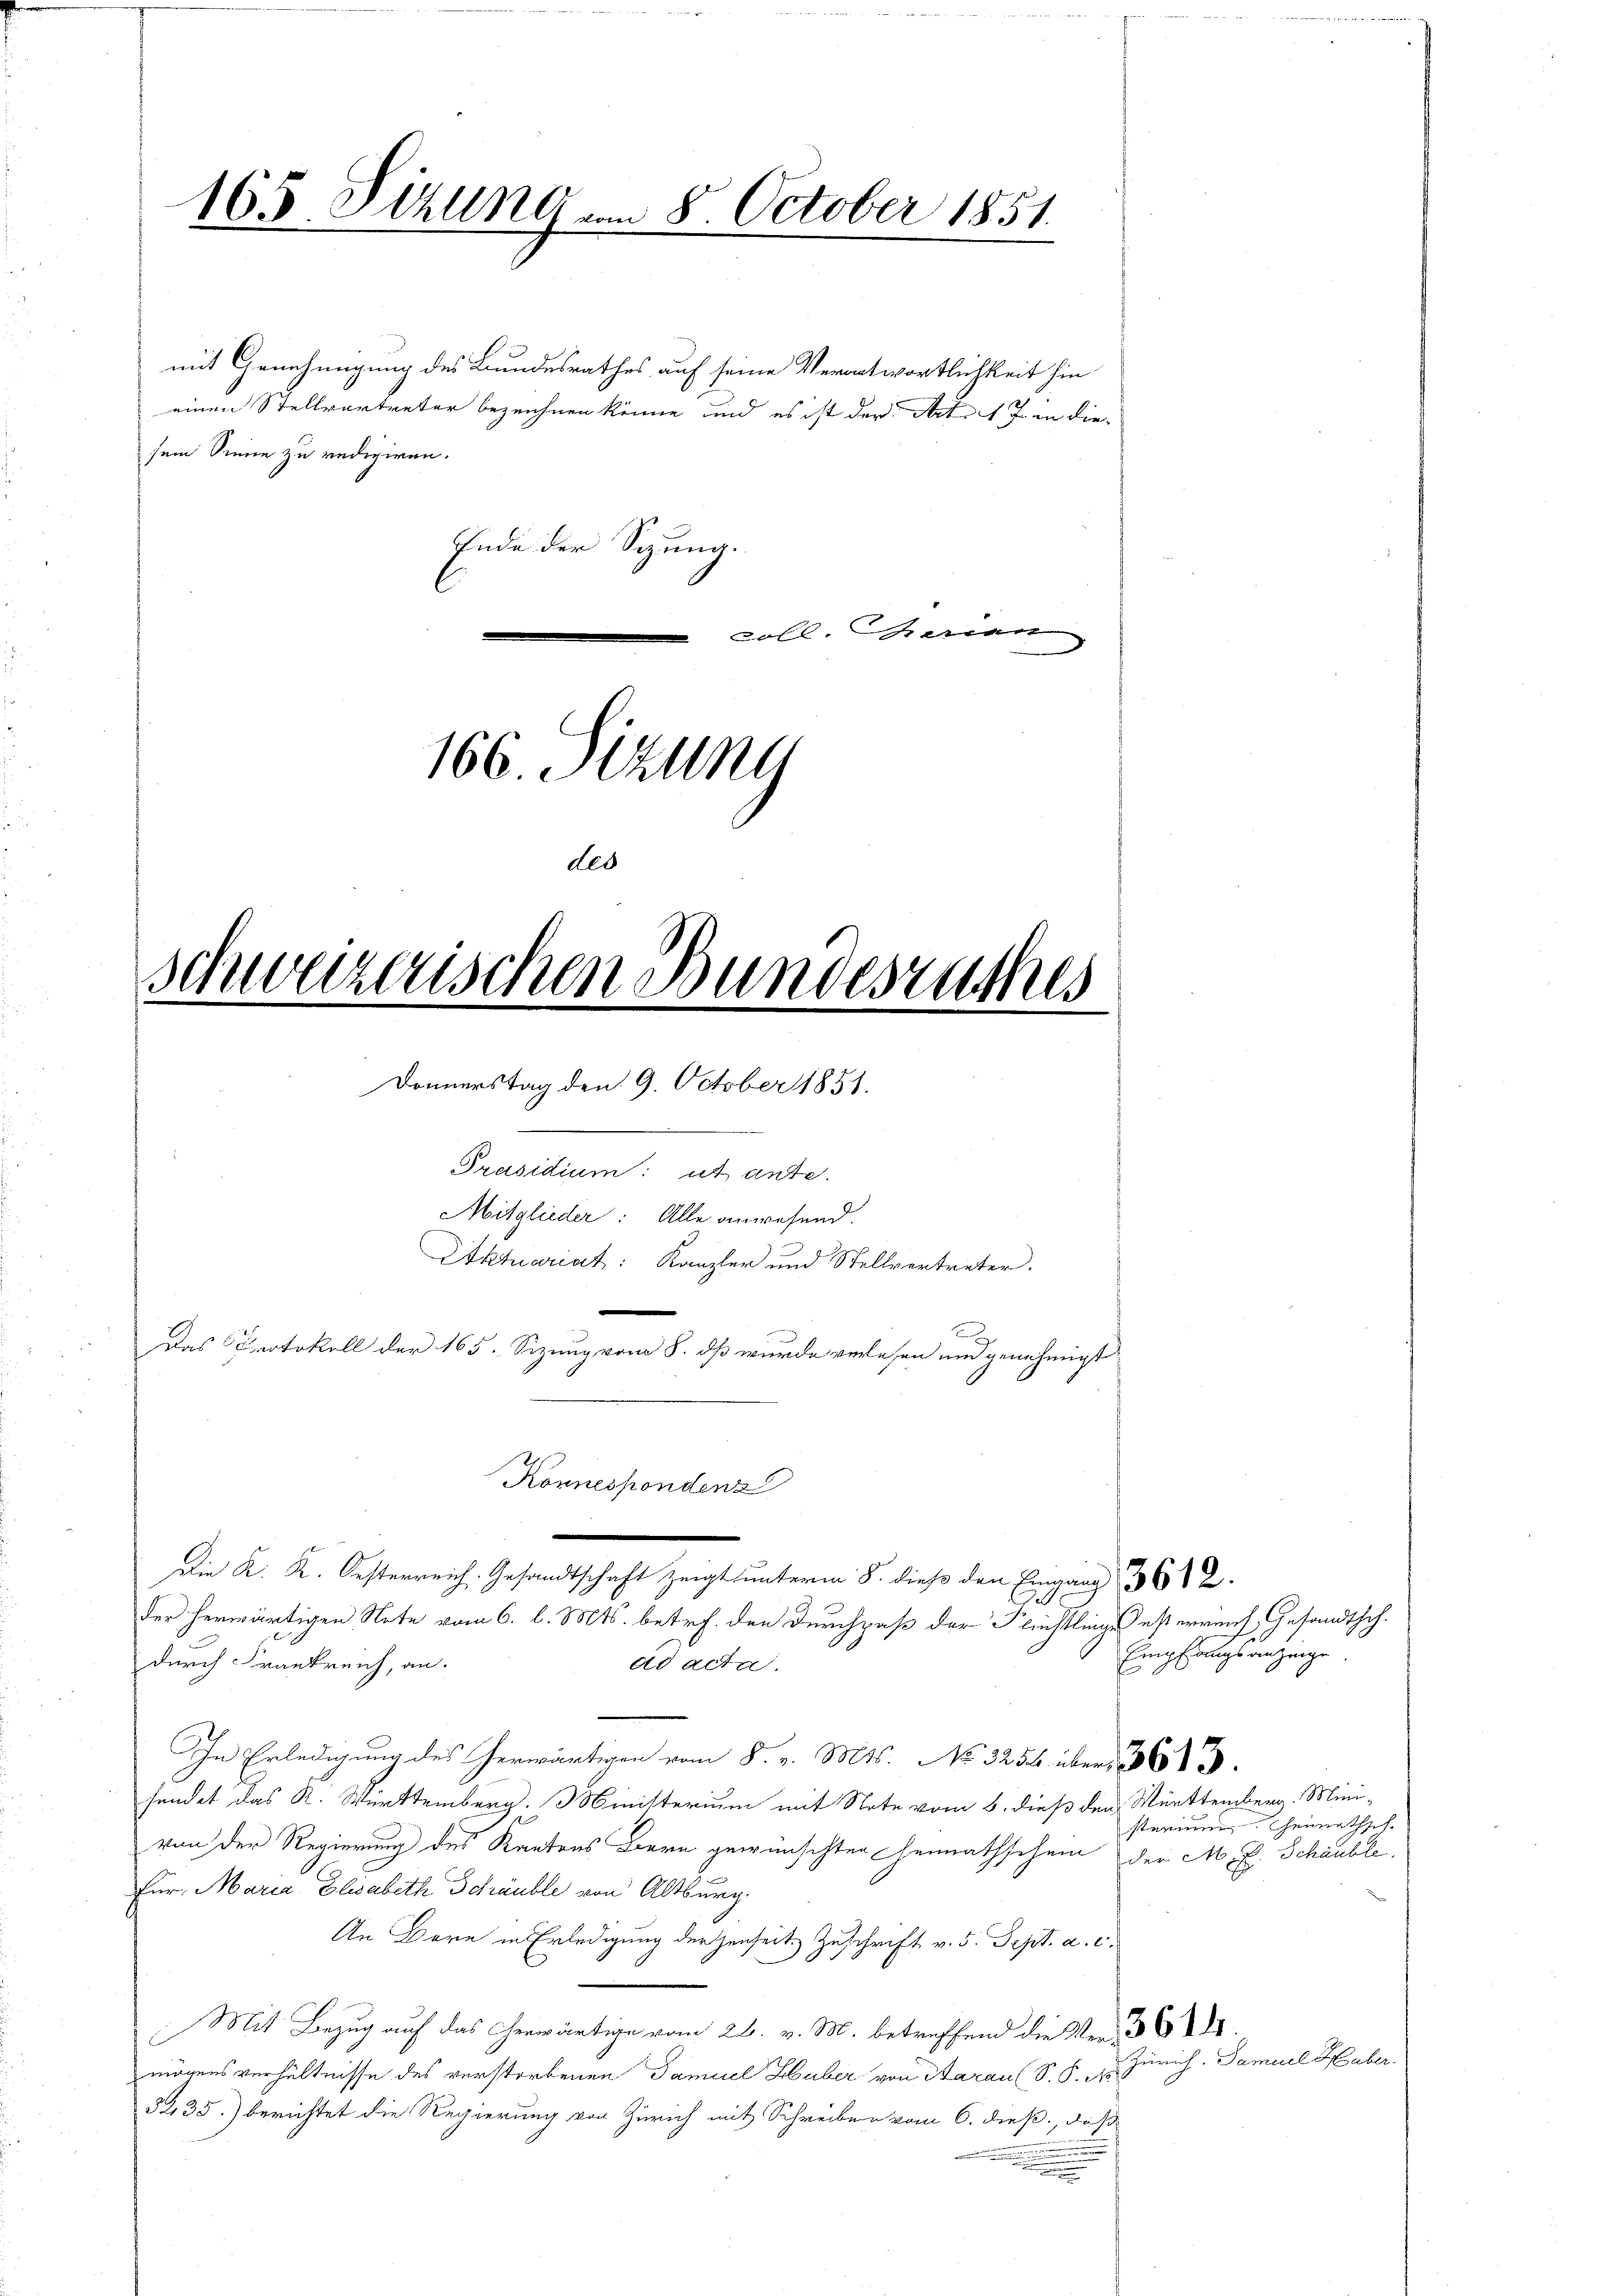
sem Sinne zu redigiren.
le
.
166. Sizung

165. Sizung am 8. October 1851.

Schweizerischen Bundesrathes
d
Donnerstag den 9. October 1851.
Präsidium: ut ande
Mitglieder: Alle anwesend.
Aktuariat: Kanzler und Stellvertreter.
Das Protokoll der 165. Sizung vom 8. dß wurde verlesen und genehmigt
Konnespondenz
die K. K. Oesterreich. Gesandtschaft zeigt unterm 8. dieß den Eingang 362.

des

der herwärtigen Note vom 6. l. Mts. betr. den Durchpaß der Flüchtlinge desterreich Gesandtsch.
durch Frankreich, an.
In Erledigung des . . . No. 3254 über 36
sendet das R. Württemberg: Ministerium mit Note vom 6. dieß den Württemberg. Mini-
von der Regierung des Kantons Bern gewünschten Heimathschein der M. E. Schänble
Für Maria Elisabeth Schräuble von Altburg.
An Bern in Erledigung der jenseit Zuschrift v. 5. Sept. a. c.,
Mit Bezug auf das erwärtige vom 26. v. M. betreffend die Ver-
mögens verhältnisse des verstorbenen Samuel Huber von Aarau (S. S. No
5435) berichtet die Regierung von Zürich mit Schreiben vom 6. dieß, daß
.
.

mit Genehmigung des Bundesrathes auf seine Verantwortlichkeit hin
einen Stellvertreter bezeichnen könne, und es ist der St. J. in die¬

Ende der Spung.

ad acta.

Empfangsanzeige

sterium Heimathsch

Zürich. Damuel Huber.